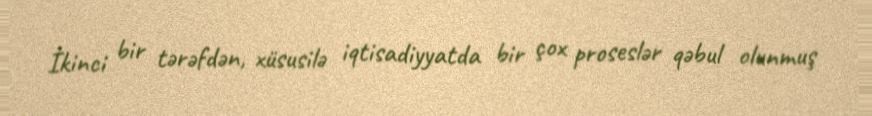
İkinci bir tərəfdən, xüsusilə iqtisadiyyatda bir çox proseslər qəbul olunmuş